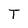
Character: T